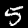
Digit: 5